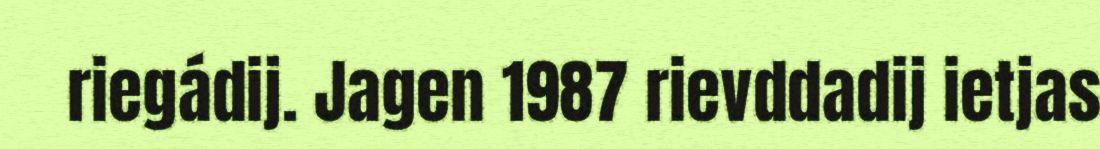
riegádij. Jagen 1987 rievddadij ietjas